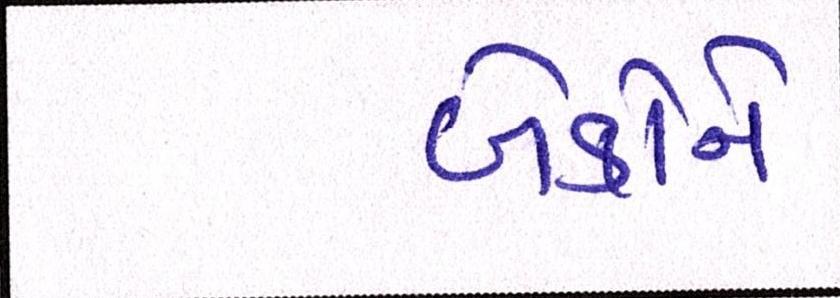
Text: બેંકોને